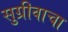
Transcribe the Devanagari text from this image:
सुग्रीवाचा